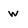
Character: w